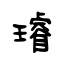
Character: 璿